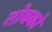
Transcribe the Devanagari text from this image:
तोक्को